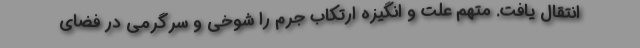
انتقال یافت. متهم علت و انگیزه ارتکاب جرم را شوخی و سرگرمی در فضای